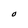
Character: O